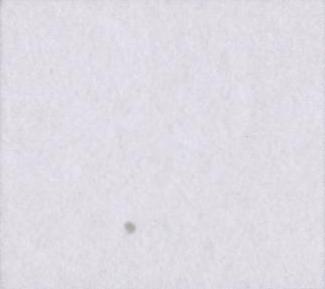
ई